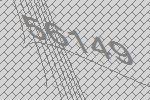
56149